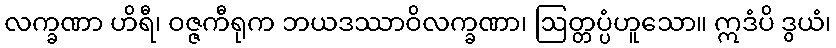
လက္ခဏာ ဟိရီ၊ ဝဇ္ဇကီရုက ဘယဒဿာဝိလက္ခဏာ၊ ဩတ္တပ္ပံဟူသော။ ဣဒံပိ ဒွယံ၊